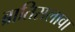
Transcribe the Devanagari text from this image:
ब्रातिसलावा